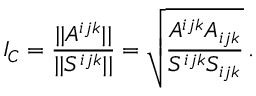
I _ { C } = \frac { | | A ^ { i j k } | | } { | | S ^ { i j k } | | } = \sqrt { \frac { A ^ { i j k } A _ { i j k } } { S ^ { i j k } S _ { i j k } } } \, .